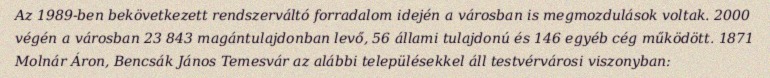
Az 1989-ben bekövetkezett rendszerváltó forradalom idején a városban is megmozdulások voltak. 2000 végén a városban 23 843 magántulajdonban levő, 56 állami tulajdonú és 146 egyéb cég működött. 1871 Molnár Áron, Bencsák János Temesvár az alábbi településekkel áll testvérvárosi viszonyban: